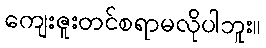
ကျေးဇူးတင်စရာမလိုပါဘူး။